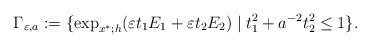
LaTeX: \begin{align*}\Gamma_{\varepsilon,a}:=\{\mathrm{exp}_{x^*;h}(\varepsilon t_1 E_1+\varepsilon t_2 E_2)\mid t_1^2+a^{-2}t_2^2\leq 1\}.\end{align*}